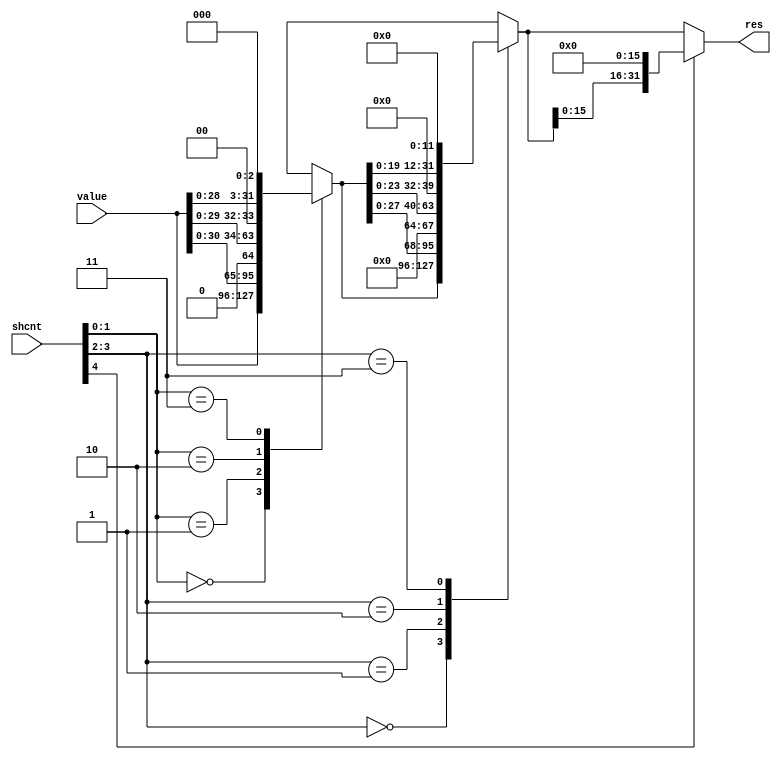
//
// shift.v -- the shifters (lsl, asr, ror)
//


`timescale 1ns / 1ps
`default_nettype none


module lsl(value, shcnt, res);
    input [31:0] value;
    input [4:0] shcnt;
    output [31:0] res;

  reg [31:0] aux_0;
  reg [31:0] aux_1;

  always @(*) begin
    case (shcnt[1:0])
      2'b00: aux_0 = value[31:0];
      2'b01: aux_0 = { value[30:0], 1'b0 };
      2'b10: aux_0 = { value[29:0], 2'b0 };
      2'b11: aux_0 = { value[28:0], 3'b0 };
    endcase
  end
  always @(*) begin
    case (shcnt[3:2])
      2'b00: aux_1 = aux_0[31:0];
      2'b01: aux_1 = { aux_0[27:0],  4'b0 };
      2'b10: aux_1 = { aux_0[23:0],  8'b0 };
      2'b11: aux_1 = { aux_0[19:0], 12'b0 };
    endcase
  end
  assign res = ~shcnt[4] ? aux_1 : { aux_1[15:0], 16'b0 };

endmodule


module asr(value, shcnt, res);
    input [31:0] value;
    input [4:0] shcnt;
    output [31:0] res;

  reg [31:0] aux_0;
  reg [31:0] aux_1;

  always @(*) begin
    case (shcnt[1:0])
      2'b00: aux_0 = value[31:0];
      2'b01: aux_0 = { {1{value[31]}}, value[31:1] };
      2'b10: aux_0 = { {2{value[31]}}, value[31:2] };
      2'b11: aux_0 = { {3{value[31]}}, value[31:3] };
    endcase
  end
  always @(*) begin
    case (shcnt[3:2])
      2'b00: aux_1 = aux_0[31:0];
      2'b01: aux_1 = { { 4{value[31]}}, aux_0[31: 4] };
      2'b10: aux_1 = { { 8{value[31]}}, aux_0[31: 8] };
      2'b11: aux_1 = { {12{value[31]}}, aux_0[31:12] };
    endcase
  end
  assign res = ~shcnt[4] ? aux_1 : { {16{value[31]}}, aux_1[31:16] };

endmodule


module ror(value, shcnt, res);
    input [31:0] value;
    input [4:0] shcnt;
    output [31:0] res;

  reg [31:0] aux_0;
  reg [31:0] aux_1;

  always @(*) begin
    case (shcnt[1:0])
      2'b00: aux_0 = value[31:0];
      2'b01: aux_0 = { value[0:0], value[31:1] };
      2'b10: aux_0 = { value[1:0], value[31:2] };
      2'b11: aux_0 = { value[2:0], value[31:3] };
    endcase
  end
  always @(*) begin
    case (shcnt[3:2])
      2'b00: aux_1 = aux_0[31:0];
      2'b01: aux_1 = { aux_0[ 3:0], aux_0[31: 4] };
      2'b10: aux_1 = { aux_0[ 7:0], aux_0[31: 8] };
      2'b11: aux_1 = { aux_0[11:0], aux_0[31:12] };
    endcase
  end
  assign res = ~shcnt[4] ? aux_1 : { aux_1[15:0], aux_1[31:16] };

endmodule